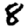
Digit: 8